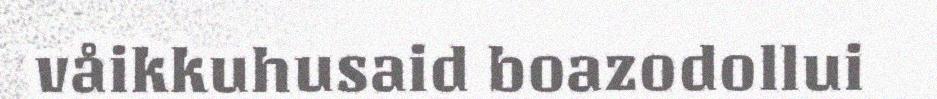
våikkuhusaid boazodollui